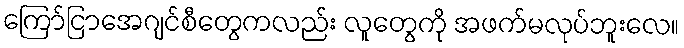
ကြော်ငြာအေဂျင်စီတွေကလည်း လူတွေကို အဖက်မလုပ်ဘူးလေ။